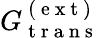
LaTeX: G_{\mathrm{~t~r~a~n~s~}}^{\mathrm{~(~e~x~t~)~}}